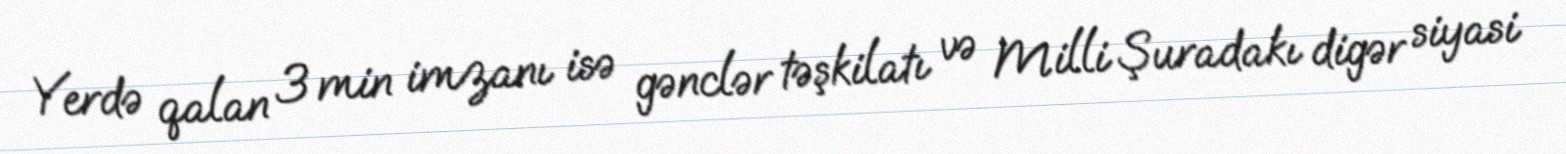
Yerdə qalan 3 min imzanı isə gənclər təşkilatı və Milli Şuradakı digər siyasi